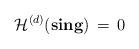
LaTeX: \begin{align*}\mathcal{H}^{(d)} (\mathbf{sing}) \, = \, 0\end{align*}